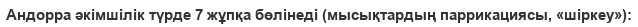
Андорра әкімшілік түрде 7 жұпқа бөлінеді (мысықтардың паррикациясы, «шіркеу»):